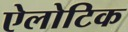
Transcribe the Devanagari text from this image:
ऐलोटिक